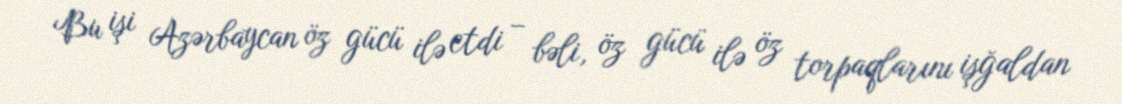
Bu işi Azərbaycan öz gücü ilə etdi – bəli, öz gücü ilə öz torpaqlarını işğaldan